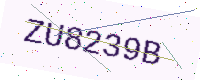
Text: ZU8239B